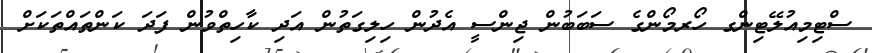
ސްޓިމިއުލޭޓިންގ ހޯރމޯންގެ ސަބަބުން ޖިންސީ އެދުން ހިލިގަތުން އަދި ކާހިތްވުން ފަދަ ކަންތައްތަކަށް